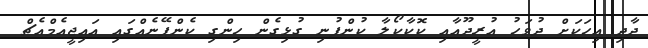
ދާދި އިހަކަށް ދުވަހު އުރީދޫއާއި ކޮކާކޯލާ ކުންފުނި ގުޅިގެން ހިންގި ކެންޕޭނެއްގައި އައިޖީއެމްއެޗް